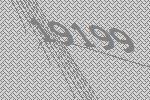
19199